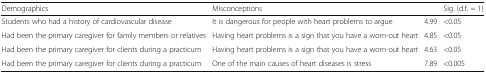
| Demographics | Misconceptions |  | Sig. (d.f. = 1) |
 | --- | --- | --- | --- |
 | Students who had a history of cardiovascular disease | It is dangerous for people with heart problems to argue | 4.99 | <0.05 |
 | Had been the primary caregiver for family members or relatives | Having heart problems is a sign that you have a worn-out heart | 4.85 | <0.05 |
 | Had been the primary caregiver for clients during a practicum | Having heart problems is a sign that you have a worn-out heart | 4.63 | <0.05 |
 | Had been the primary caregiver for clients during a practicum | One of the main causes of heart diseases is stress | 7.89 | <0.005 |